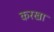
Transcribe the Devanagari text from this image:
करखा